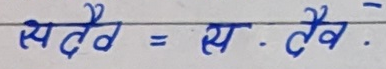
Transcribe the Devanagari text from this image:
सदैव = स . तैव.